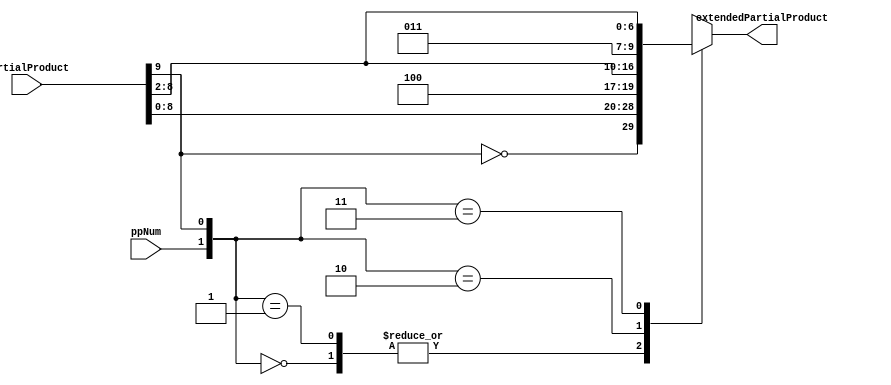
// Created by ihdl
module SignExtender(input [9:0] partialProduct, input ppNum, output reg [9:0] extendedPartialProduct);
	always@(partialProduct or ppNum)
		case({ppNum, partialProduct[9]})
			2'b00: extendedPartialProduct = {~partialProduct[9], partialProduct[8:0]};
			2'b01: extendedPartialProduct = {~partialProduct[9], partialProduct[8:0]};
			2'b10: extendedPartialProduct = {3'b100,partialProduct[8:2]};
			2'b11: extendedPartialProduct = {3'b011,partialProduct[8:2]};
		endcase
endmodule